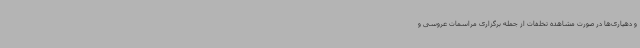
و دهیاری‌ها در صورت مشاهده تخلفات از جمله برگزاری مراسمات عروسی و